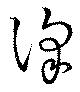
沢